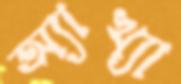
অ্যাখ্যা